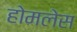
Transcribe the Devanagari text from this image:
होमलेस